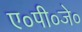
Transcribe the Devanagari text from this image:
ए०पी०जे०